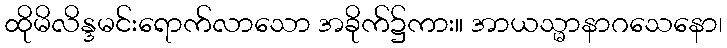
ထိုမိလိန္ဒမင်းရောက်လာသော အခိုက်၌ကား။ အာယသ္မာနာဂသေနော၊